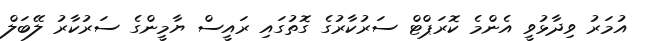
އުމަރު ވިދާޅުވީ އެންމެ ކޮރަޕްޓް ސަރުކާރުގެ ގޮތުގައި ރައީސް ޔާމީންގެ ސަރުކާރު ލޭބަލް